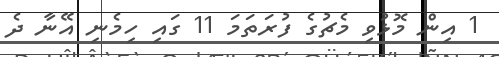
1 އިން މޮޅުވި މެޗުގެ ފުރަތަމަ 11 ގައި ހިމެނި އޭނާ ދެ